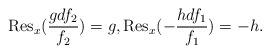
LaTeX: \begin{align*}\mathrm{Res}_{x}(\dfrac{g d f_{2}}{f_{2}}) = g, \mathrm{Res}_{x}(- \dfrac{h d f_{1}}{f_{1}}) = -h.\end{align*}